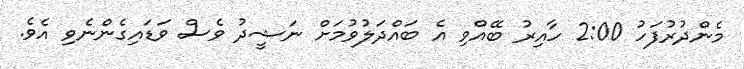
މެންދުރުފަހު 2:00 ހާއިރު ބޭއްވި އެ ބައްދަލުވުމަށް ނަޝީދު ވެސް ވަޑައިގެންނެވި އެވެ.